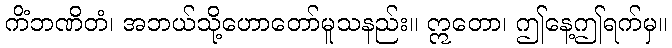
ကိံဘဏိတံ၊ အဘယ်သို့ဟောတော်မူသနည်း။ ဣတော၊ ဤနေ့ဤရက်မှ။